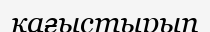
қағыстырып